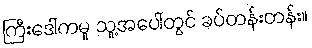
ကြီးဒေါ်ကမူ သူ့အပေါ်တွင် ခပ်တန်းတန်း။